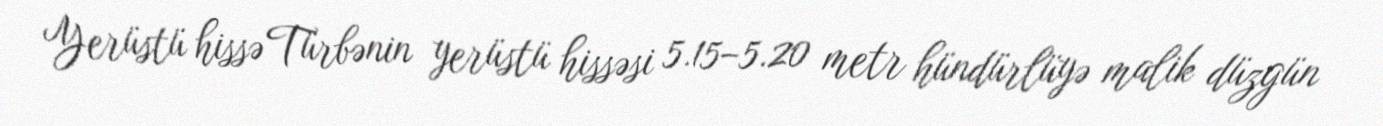
Yerüstü hissə Türbənin yerüstü hissəsi 5.15–5.20 metr hündürlüyə malik düzgün